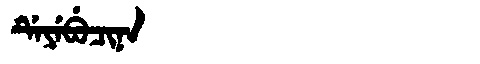
Manchu: ᡩᡝᠶᡝᠪᡠᠴᡳᠨᠠ
Romanization: DEYEBUCINA